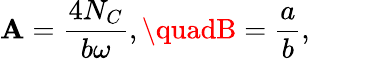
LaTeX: \mathbf{A}=\frac{{4N_{C}}}{{b\omega}},\quadB=\frac{{a}}{{b}},\qquad